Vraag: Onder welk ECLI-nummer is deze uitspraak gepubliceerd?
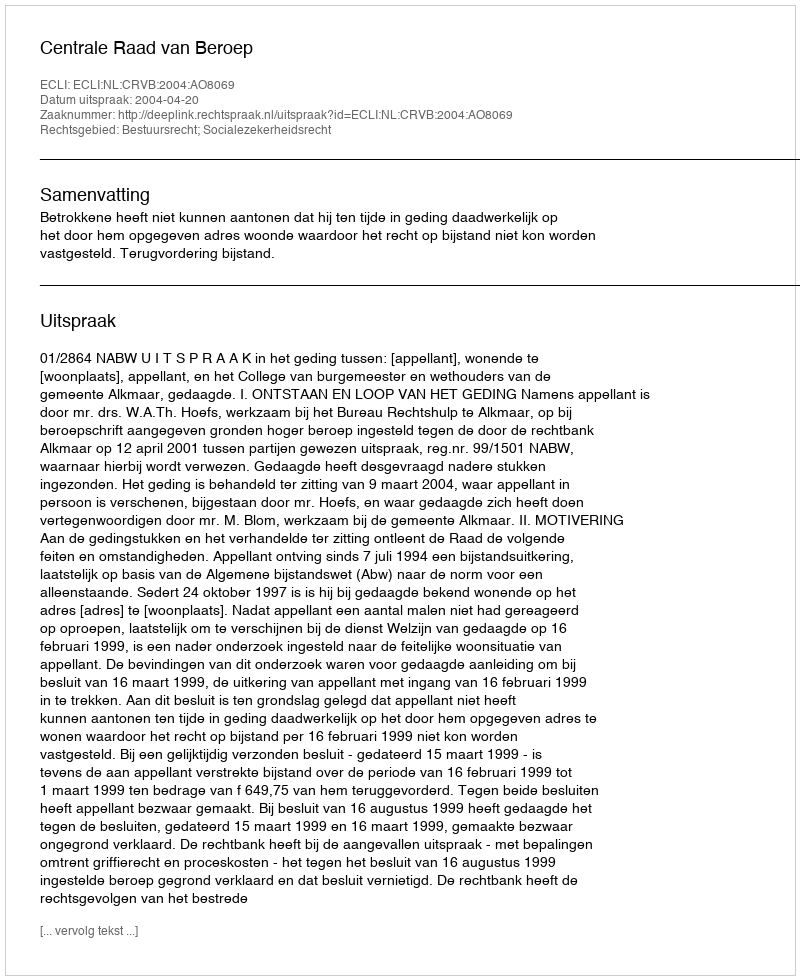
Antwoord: ECLI:NL:CRVB:2004:AO8069